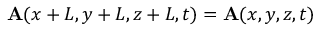
\mathbf { A } ( x + L , y + L , z + L , t ) = \mathbf { A } ( x , y , z , t )